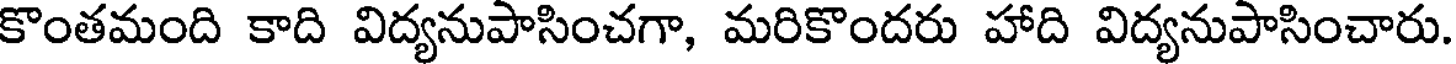
కొంతమంది కాది విద్యనుపాసించగా, మరికొందరు హాది విద్యనుపాసించారు.